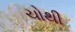
ચોથી